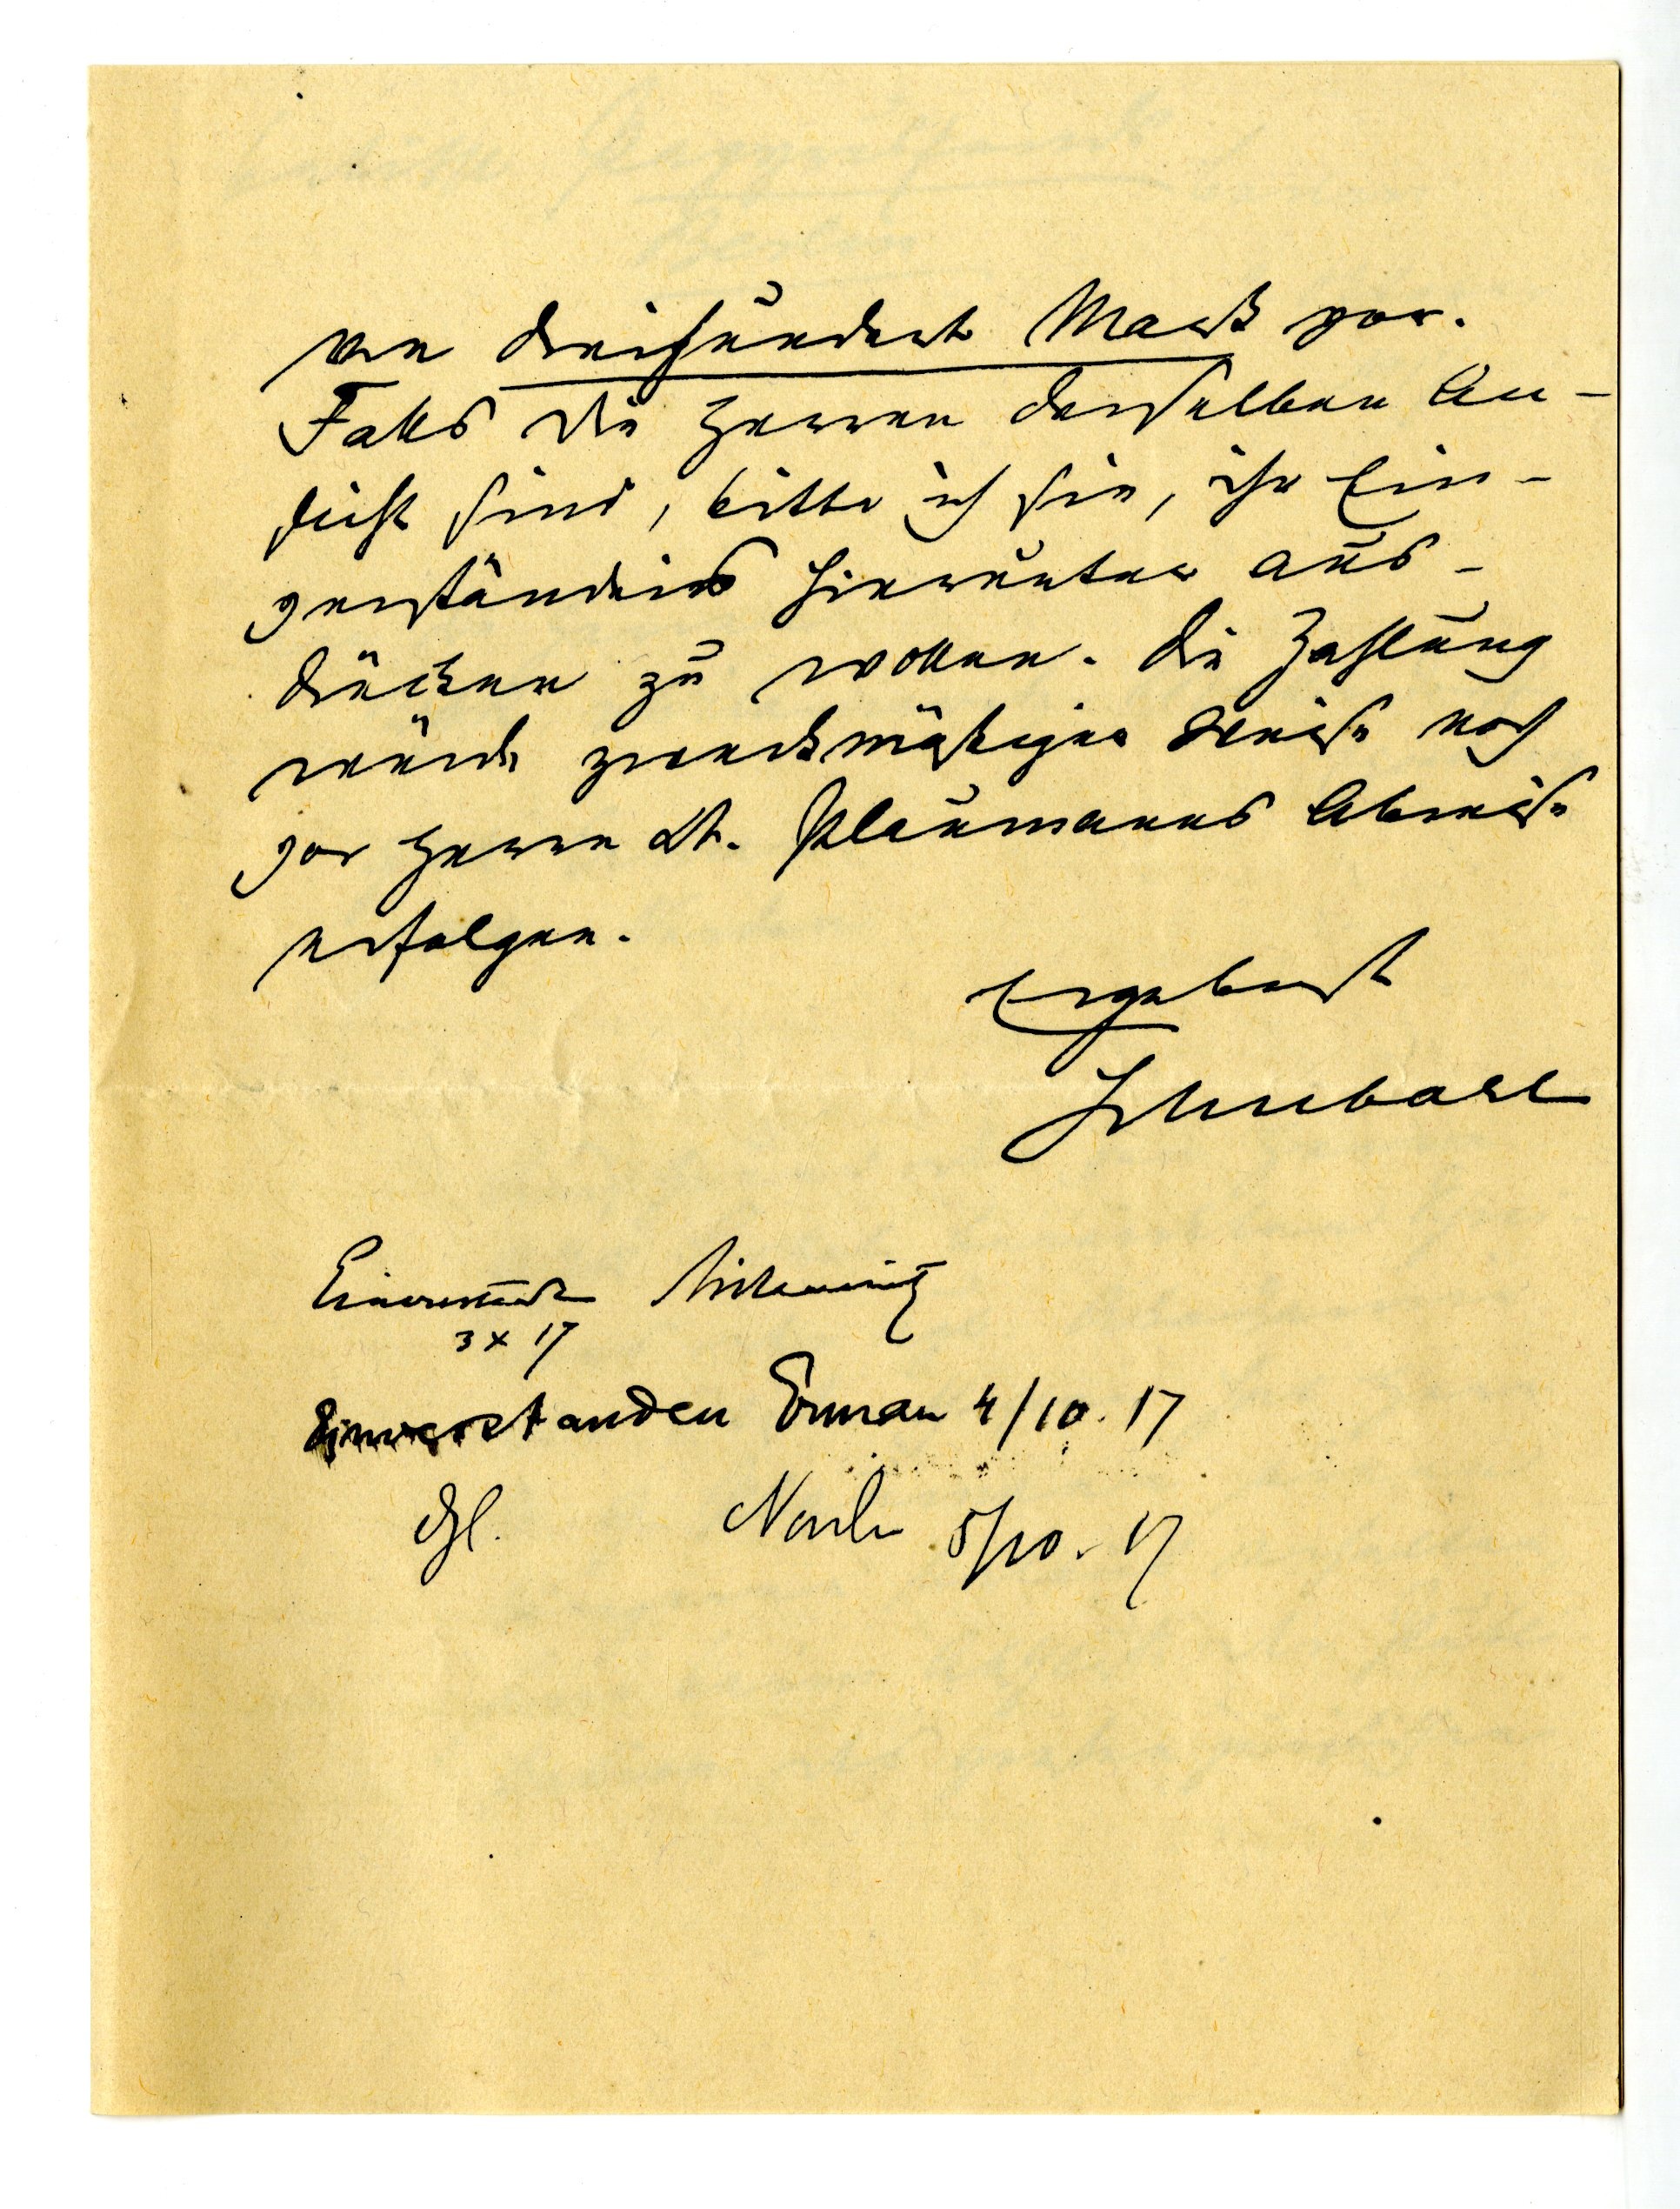
von dreihundert Mark vor.
Falls die Herren derselben An¬
sicht sind, bitte ich Sie, ihr Ein¬
verständnis hierunter aus¬
drücken zu wollen. Die Zahlung
wird zweckmäßiger Weise noch
vor Herrn Dr. Plaumanns Abreise
erfolgen.
Ergebenst
Schubart